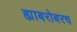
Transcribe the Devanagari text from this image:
ह्याबरोबरच